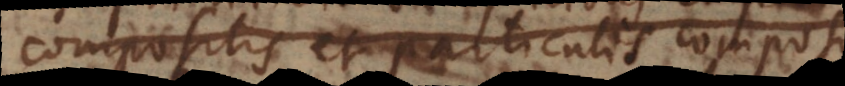
compositis et particulis composi